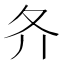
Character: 𡕓